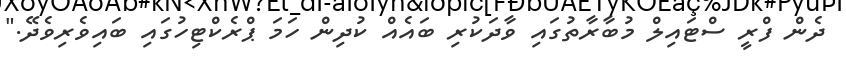
ދެން ފްރީ ސްޓައިލް މުބާރާތުގައި ވާދަކުރި ބައެއް ކުދިން ހަމަ ޕްރެކްޓިހުގައި ބައިވެރިވެދޭ."